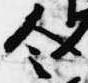
令